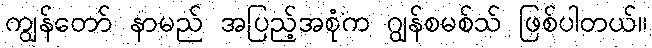
ကျွန်တော် နာမည် အပြည့်အစုံက ဂျွန်စမစ်သ် ဖြစ်ပါတယ်။